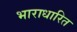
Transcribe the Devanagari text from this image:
भाराधारित